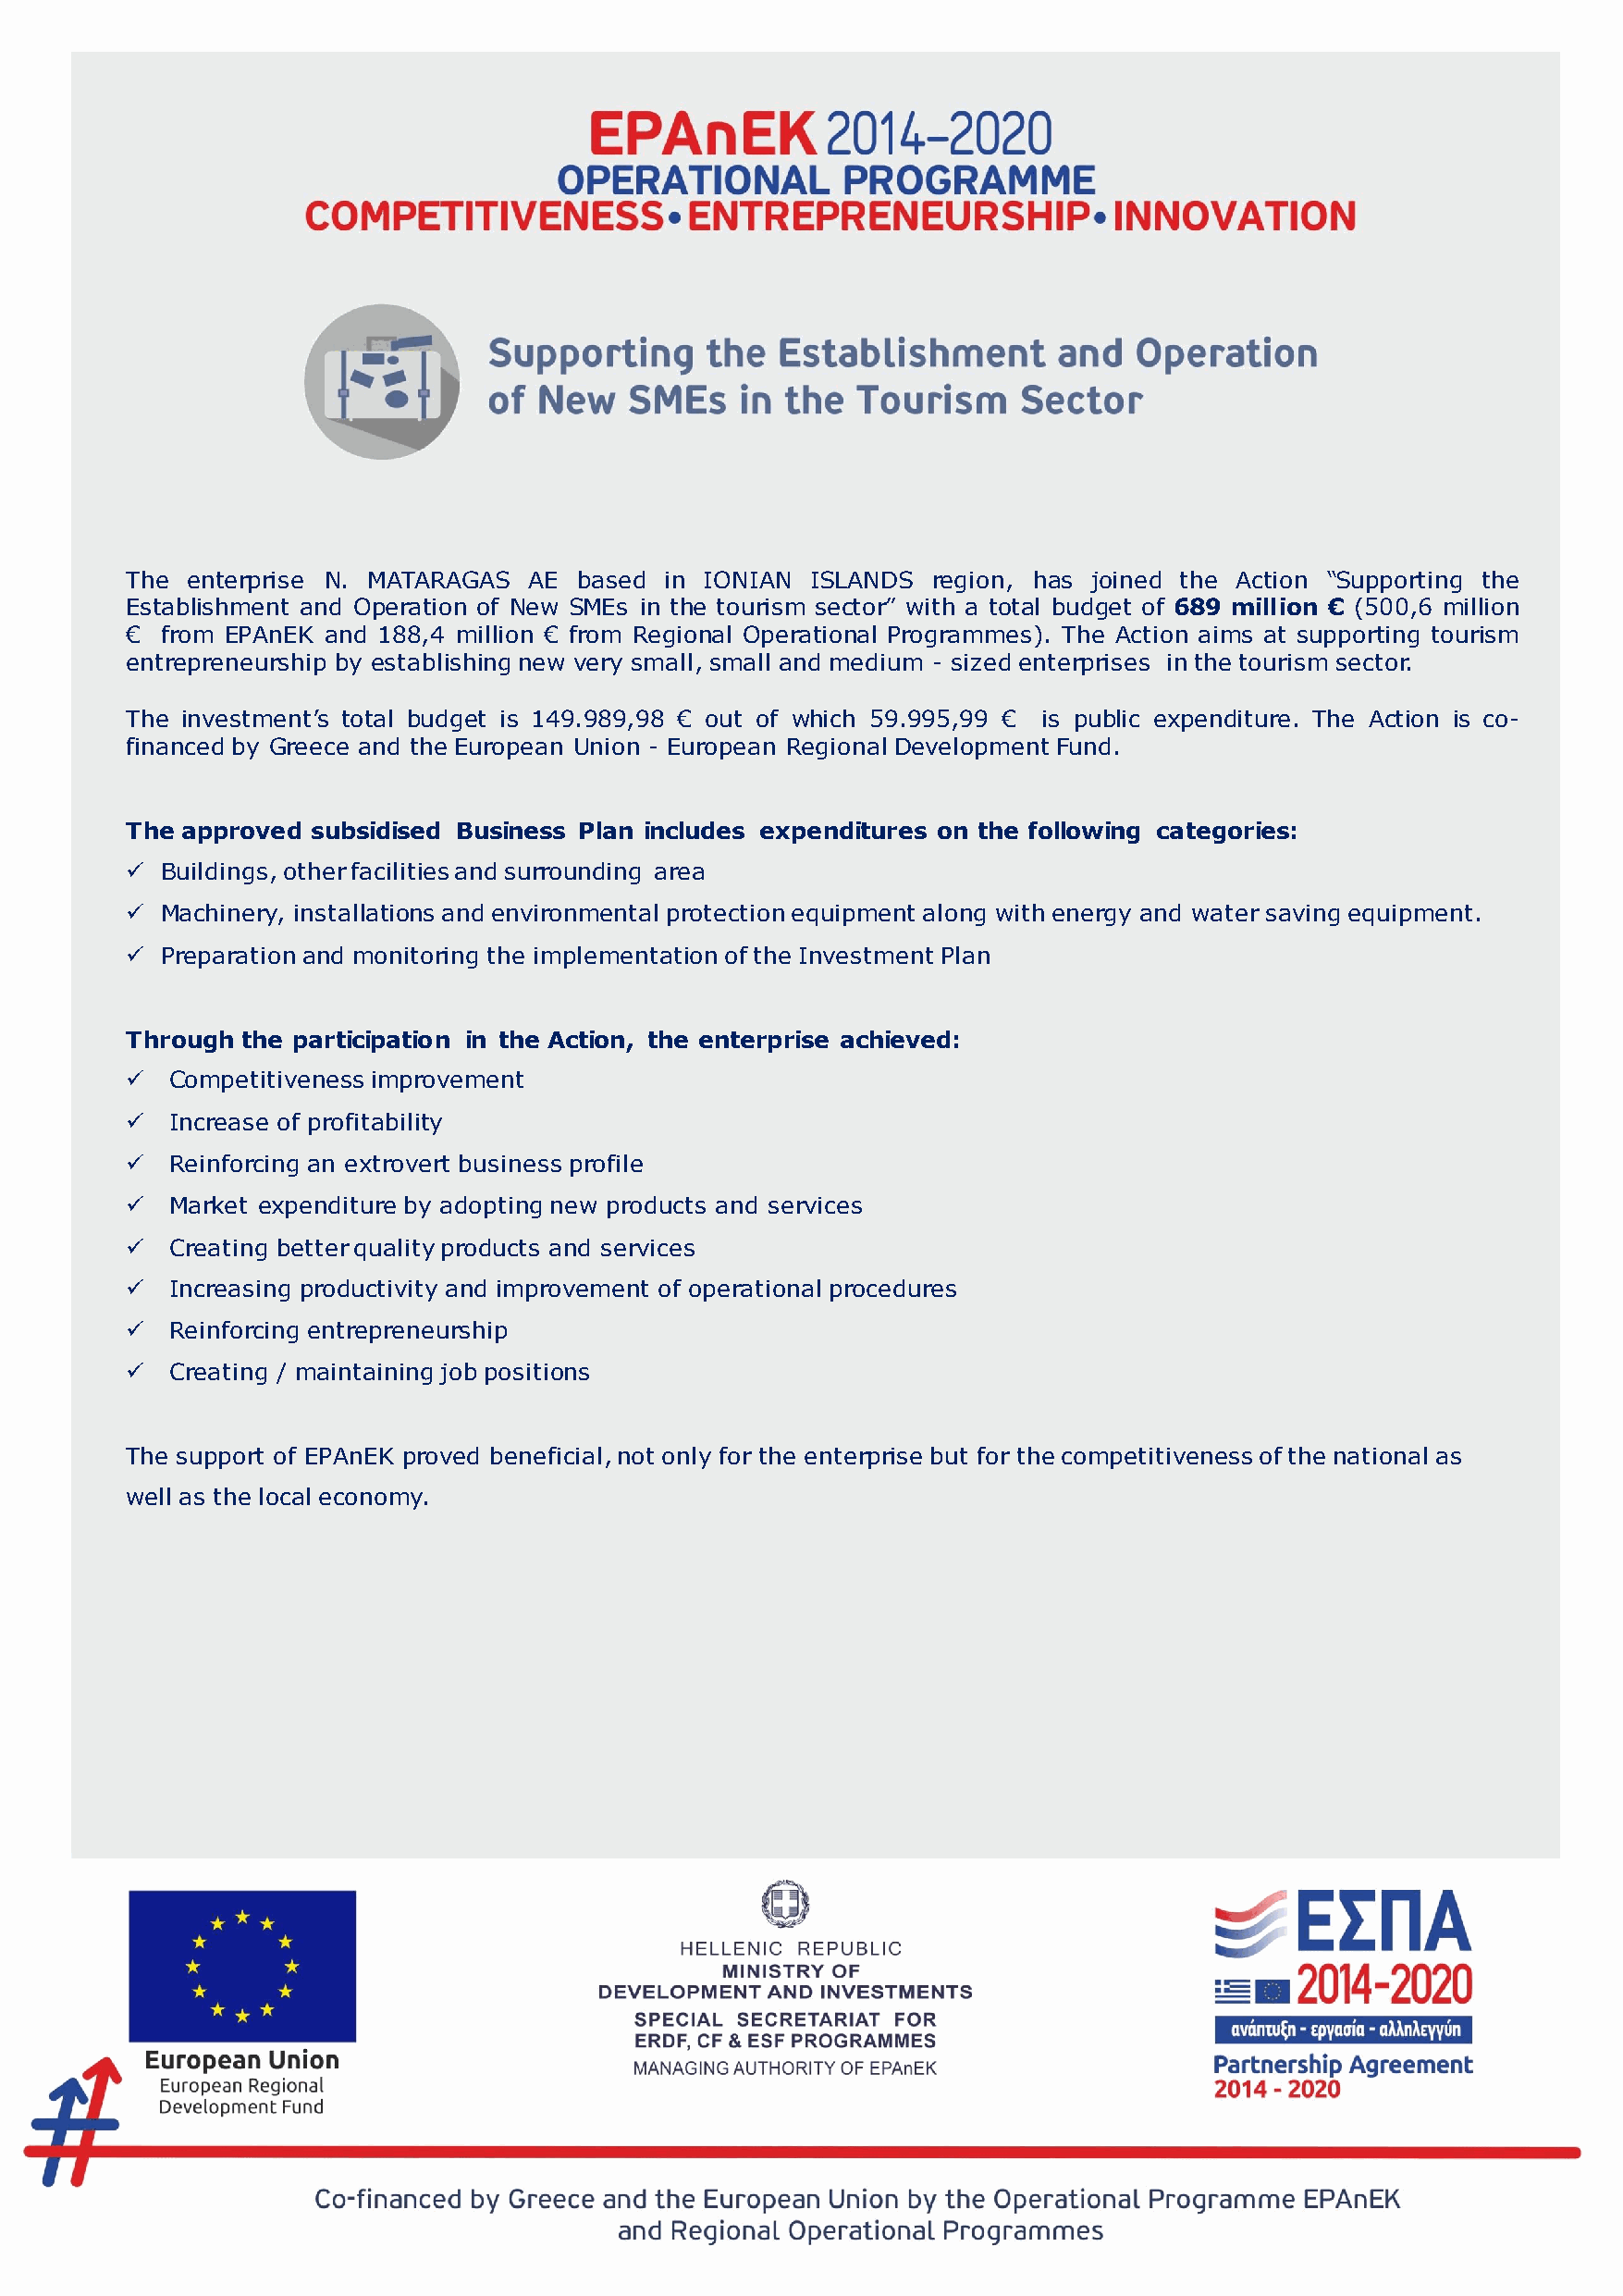
The enterprise N. MATARAGAS  AE based  in IONIAN ISLANDS  region, has joined the Action “Supporting the
 Establishment and Operation of New SMEs in the tourism sector” with a total budget of 689 million € (500,6 million
 €  from EPAnEK and 188,4 million € from Regional Operational Programmes). The Action aims at supporting tourism
 entrepreneurship by establishing new very small, small and medium - sized enterprises inthe tourism sector.
 The investment’s total budget is 149.989,98 € out of which 59.995,99 € is public expenditure. The Action is co-
 financed by Greece and the European Union - European Regional Development Fund.
 The approved subsidised Business Plan includes expenditures on the following categories:
 ✓  Buildings, other facilities and surrounding area
 ✓  Machinery, installations and environmental protection equipment along with energy and water saving equipment.
 ✓  Preparation and monitoring the implementation of the Investment Plan
 Through the participation in the Action, the enterprise achieved:
 ✓  Competitiveness improvement
 ✓  Increase of profitability
 ✓  Reinforcing an extrovert business profile
 ✓  Market expenditure by adopting new products and services
 ✓  Creating better quality products and services
 ✓  Increasing productivity and improvement of operational procedures
 ✓  Reinforcing entrepreneurship
 ✓  Creating / maintaining job positions
 The support of EPAnEK proved beneficial, not only for the enterprise but for the competitiveness of the national as
 well as the local economy.